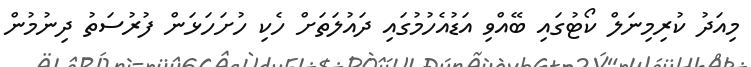
މިއަދު ކުރިމިނަލް ކޯޓުގައި ބޭއްވި އަޑުއެހުމުގައި ދައުލަތަށް ހެކި ހުށަހަޅަން ފުރުސަތު ދިނުމުން